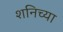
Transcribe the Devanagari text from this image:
शनिच्या